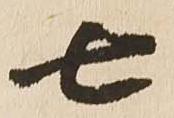
七